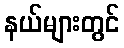
နယ်များတွင်